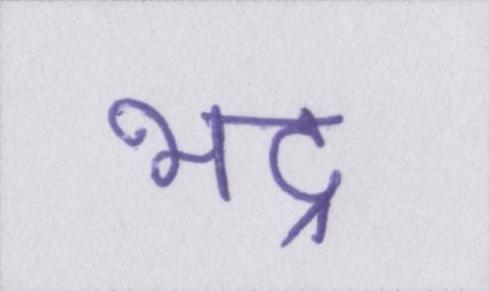
भद्र